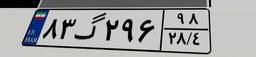
۴۲گ۳۴۶۵۴